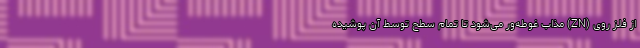
از فلزِ روی (ZN) مذاب غوطه‌ور می‌شود تا تمام‌ سطح توسط آن پوشیده